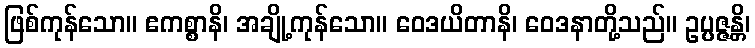
ဖြစ်ကုန်သော။ ဧကစ္စာနိ၊ အချို့ကုန်သော။ ဝေဒယိတာနိ၊ ဝေဒနာတို့သည်။ ဥပ္ပဇ္ဇန္တိ၊